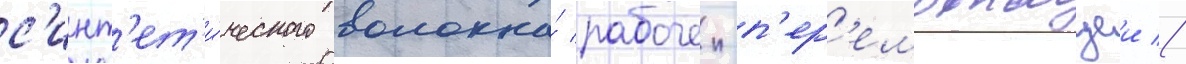
с'инт'ет'и́ческого волокна́ рабочеи-п'ер'емотчицеи //